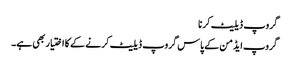
گروپ ڈیلیٹ کرنا
گروپ ایڈمن کے پاس گروپ ڈیلیٹ کرنے کے کا اختیار بھی ہے۔